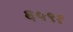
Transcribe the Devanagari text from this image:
६५९१